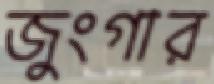
জুংগার